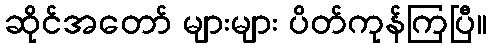
ဆိုင်အတော် များများ ပိတ်ကုန်ကြပြီ။